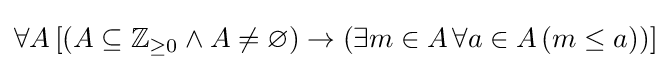
\forall A\left[\left(A\subseteq \mathbb {Z} _{\geq 0}\land A\neq \varnothing \right)\rightarrow \left(\exists m\in A\,\forall a\in A\,(m\leq a)\right)\right]